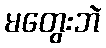
မတွေးဘဲ